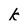
Character: k